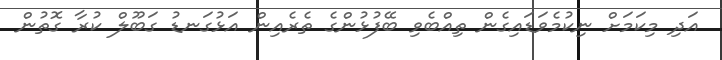
އަދި މިކަމަށް ނިކުމެވަޑައިގެން ތިއްބެވި ބޭފުޅުންގެ ތެރެއިން އަޅުގަނޑު ގަބޫލް ކުރާ ގޮތުން